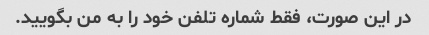
در این صورت، فقط شماره تلفن خود را به من بگویید.